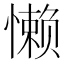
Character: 懒